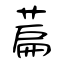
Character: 萹